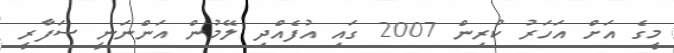
މީގެ އަށް އަހަރު ކުރިން 2007 ގައި އުފެއްދި ލޭމުން އަންނަނީ ސަފާރީ